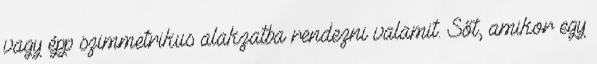
vagy épp szimmetrikus alakzatba rendezni valamit. Sőt, amikor egy